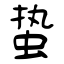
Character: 蛰